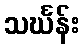
သင်္ဃန်း